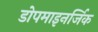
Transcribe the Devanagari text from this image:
डोपमाइनर्जिक